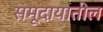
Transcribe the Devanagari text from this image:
समूदायातील